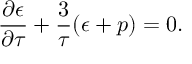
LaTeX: \frac { \partial \epsilon } { \partial \tau } + \frac { 3 } { \tau } ( \epsilon + p ) = 0 .